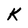
Character: k